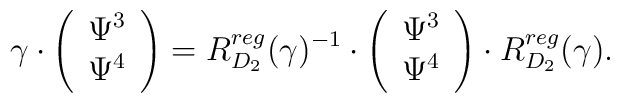
\gamma \cdot \left( \begin{array}{cc} \Psi^3 \\ \Psi^4 \end{array}\right)= R^{reg}_{D_2}(\gamma)^{-1} \cdot \left( \begin{array}{cc} \Psi^3 \\ \Psi^4 \end{array}\right) \cdot R^{reg}_{D_2}(\gamma).